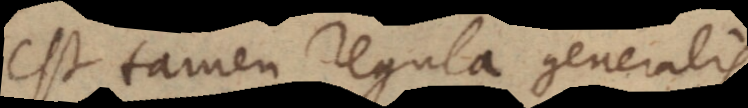
est tamen regula generalis.